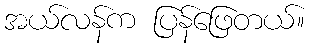
အယ်လန်က ပြန်ဖြေတယ်။